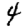
Digit: 4